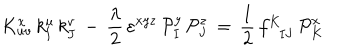
K _ { u v } ^ { x } \, k _ { \mathbf { I } } ^ { u } \, k _ { \mathbf { J } } ^ { v } \, - \, { \frac { \lambda } { 2 } } \, \varepsilon ^ { x y z } \, { \cal P } _ { \mathbf { I } } ^ { y } \, { \cal P } _ { \mathbf { J } } ^ { z } \, = \, { \frac { 1 } { 2 } } \, f _ { \phantom { \mathbf { K } } \mathbf { I } \mathbf { J } } ^ { \mathbf { K } } \, { \cal P } _ { \mathbf { K } } ^ { x }